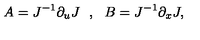
A = J ^ { - 1 } \partial _ { u } J \: \: \: , \: \: \: B = J ^ { - 1 } \partial _ { x } J ,